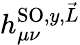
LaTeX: h_{\mu\nu}^{\textrm{SO},y,\vec{L}}